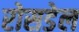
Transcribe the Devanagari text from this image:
रोसडेल